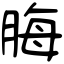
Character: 脢